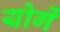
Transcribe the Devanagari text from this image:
योगें